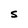
Character: S